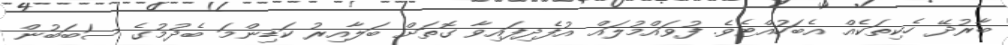
ބާރުދޭ ހެކިތަކެއް އެބަހުއްޓެވެ. ފުވައްމުލައް އުފެދިފައިވާ ގޮތަށް ބަލާއިރު ކަޑިންމަ ބެދުމުގެ ސަބަބުން